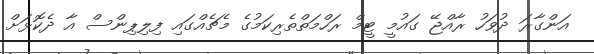
އަންގާރަ ދުވަހު ރާއްޖޭ ގައުމީ ޓީމް ރަހްމަތްތެރިކަމުގެ މެޗެއްގައި ފިލިޕިންސް އާ ދެކޮޅަށް